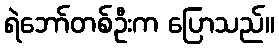
ရဲဘော်တစ်ဦးက ပြောသည်။